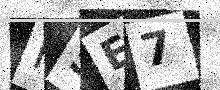
Text: H5E7